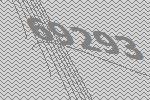
69293